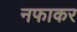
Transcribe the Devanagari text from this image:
नफाकर